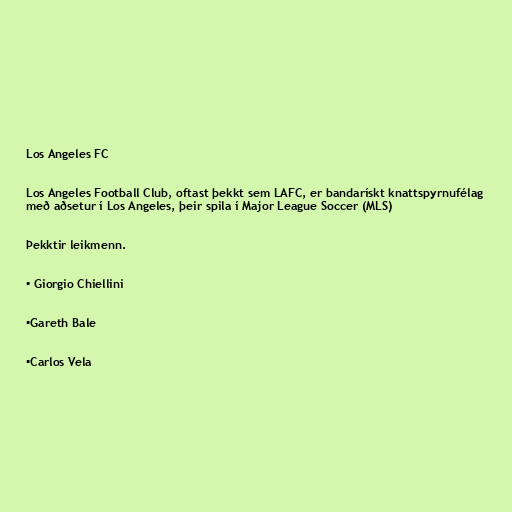
Los Angeles FC

Los Angeles Football Club, oftast þekkt sem LAFC, er bandarískt knattspyrnufélag
með aðsetur í Los Angeles, þeir spila í Major League Soccer (MLS)

Þekktir leikmenn.

▪️ Giorgio Chiellini

▪️Gareth Bale

▪️Carlos Vela